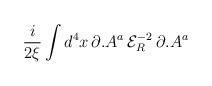
LaTeX: \begin{align*}\frac{i}{2\xi }\int d^{4}x\, \partial .A^{a}\, {\mathcal{E}}_{R}^{-2}\, \partial .A^{a}\end{align*}